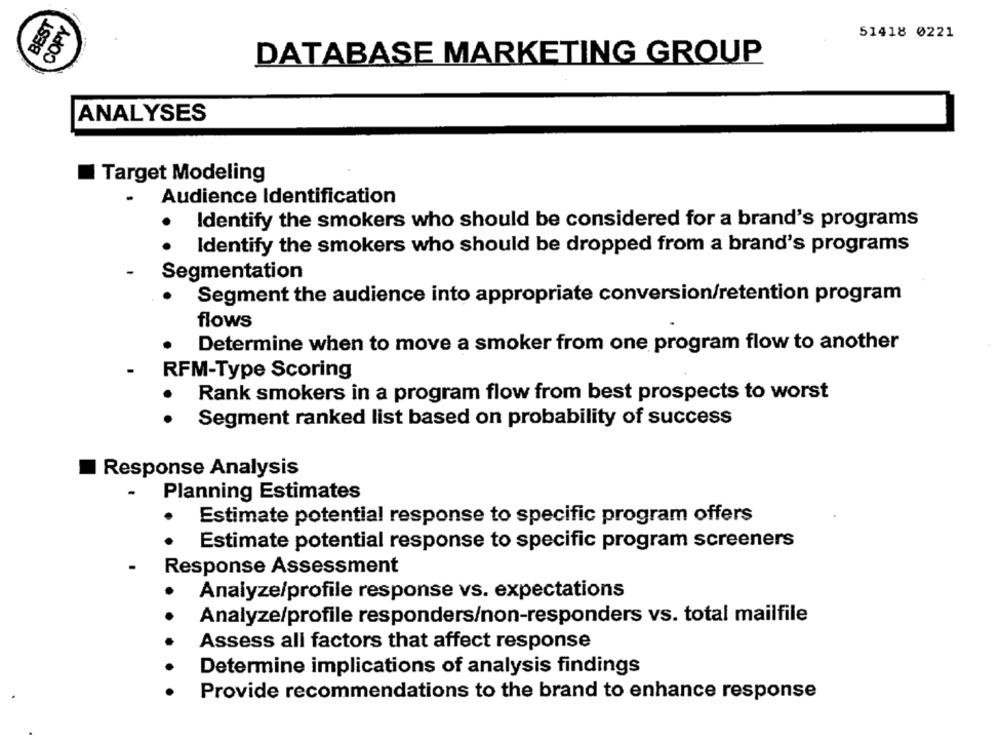
BEST
COPY
51418 0221
DATABASE MARKETING GROUP
ANALYSES
Target Modeling
Audience Identification
Identify the smokers who should be considered for a brand's programs
Identify the smokers who should be dropped from a brand's programs
Segmentation
Segment the audience into appropriate conversion/retention program
flows
Determine when to move a smoker from one program flow to another
RFM-Type Scoring
Rank smokers in a program flow from best prospects to worst
Segment ranked list based on probability of success
Response Analysis
-
Planning Estimates
.
Estimate potential response to specific program offers
Estimate potential response to specific program screeners
Response Assessment
Analyze/profile response vs. expectations
Analyze/profile responders/non-responders vs. total mailfile
Assess all factors that affect response
Determine implications of analysis findings
Provide recommendations to the brand to enhance response